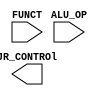
`timescale 1ns / 1ps
//////////////////////////////////////////////////////////////////////////////////
// Company: 
// 
// Design Name: 
// Module Name: jr_ctrl
// Project Name: 
// Target Devices: 
// Tool Versions: 
// Description: Verilog code for JR Control Unit
// 
// Dependencies: 
// 
// Revision:
// Revision 0.01 - File Created
// Additional Comments:
// 
//////////////////////////////////////////////////////////////////////////////////


module jr_ctrl(
    input [1:0] ALU_OP,
    input [3:0] FUNCT,
    output JR_CONTROl
    );
    assign JR_CONTROL = ({ALU_OP,FUNCT} == 6'b001000) ? 1'b1 : 1'b0;
endmodule